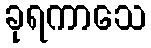
ခုရကာသေ